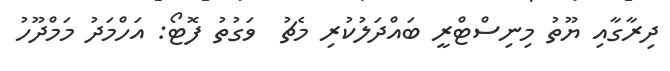
ދިރާގާއި ޔޫތު މިނިސްޓްރީ ބައްދަލުކުރި މެޗު  ވަގުތު ފޮޓޯ: އަހްމަދު މަމްދޫހު